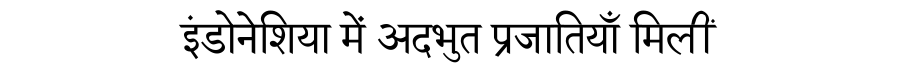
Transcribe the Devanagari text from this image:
इंडोनेशिया में अदभुत प्रजातियाँ मिलीं